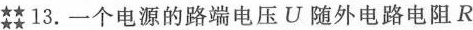
婪13.一个电源的路端电压U随外电路电阻R